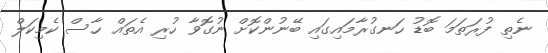
ނެތި ފުރަތަމަ ބޮޑު ހަނގުރާމައިގައި ބޭނުންކޮށް ނުގޮވާ ހުރި އެތައް ހާސް ކެމިކަލް